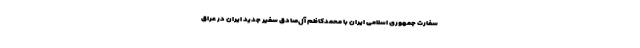
سفارت جمهوری اسلامی ایران با محمدکاظم آل‌صادق سفیر جدید ایران در عراق